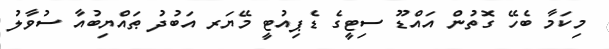
މިކަމާ ބެހޭ ގޮތުން އައްޑޫ ސިޓީގެ ޑެޕިއުޓީ މޭޔަރ އަބުދު ޠައްޔިބުއާ ސުވާލު